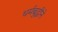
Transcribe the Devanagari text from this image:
धर्मबुद्धीने